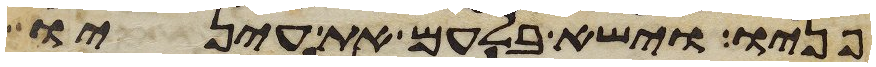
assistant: פניו וישא בלעם את עיניו